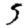
Digit: 5